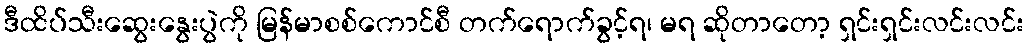
ဒီထိပ်သီးဆွေးနွေးပွဲကို မြန်မာစစ်ကောင်စီ တက်ရောက်ခွင့်ရ၊ မရ ဆိုတာတော့ ရှင်းရှင်းလင်းလင်း